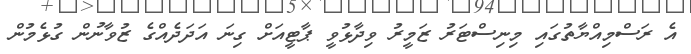
އެ ރަސްމިއްޔާތުގައި މިނިސްޓަރު ޒަމީރު ވިދާޅުވީ ޕާޓީއަށް ގިނަ އަދަދެއްގެ ޒުވާނުން ގުޅެމުން